Indian journal of veterinary science and animal husbandry - Volume 1,
Year: 1931
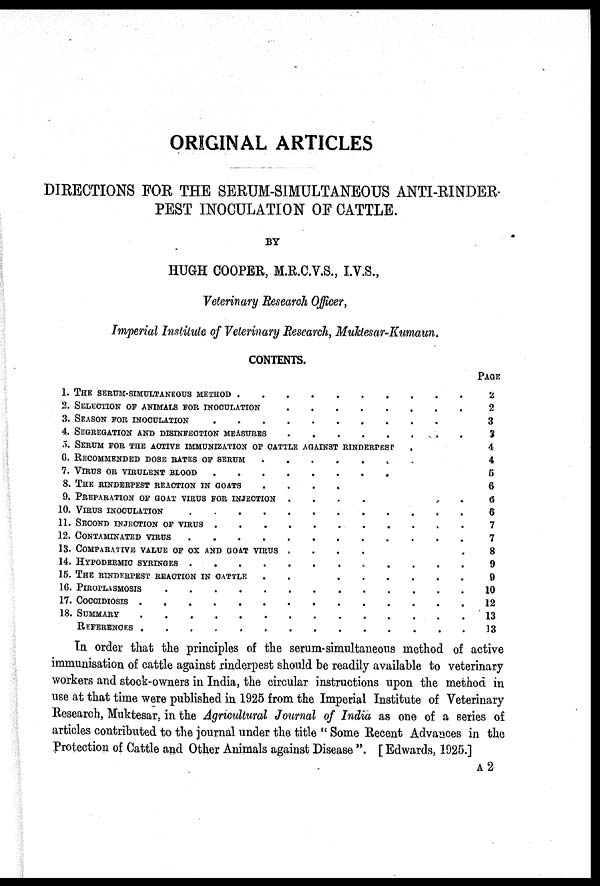
ORIGINAL ARTICLES
DIRECTIONS FOR THE SERUM-SIMULTANEOUS ANTI-RINDER-
PEST INOCULATION OF CATTLE.
BY
HUGH COOPER, M.R.C.V.S., I.V.S.,
Veterinary Research Officer,
Imperial Institute of Veterinary Research, Muktesar-Kumaun.
CONTENTS.
1. THE SERUM-SIMULTANEOUS METHOD.
2. SELECTION OF ANIMALS FOR INOCULATION
3. SEASON FOR INOCULATION
4. SEGREGATION AND DISINFECTION MEASURES
5. SERUM FOR THE ACTIVE IMMUNIZATION OF CATTLE AGAINST RINDERPEST
6. RECOMMENDED DOSE RATES OF SERUM
7. VIRUS OR VIRULENT BLOOD
8. THE RINDERPEST REACTION IN GOATS ....
9. PREPARATION OF GOAT VIRUS FOR INJECTION ....
10. VIRUS INOCULATION
11. SECOND INJECTION OF VIRUS
12. CONTAMINATED VIRUS
13. COMPARATIVE VALUE OF OX AND GOAT VIRUS ....
14. HYPODERMIC SYRINGES
15. THE RINDERPEST REACTION IN CATTLE .
.
....
16. PIROPLASMOSIS
17. COCCIDIOSIS
18. SUMMARY
19. REFERENCES
PAGE
2
2
3
3
4
4
5
6
6
6
7
7
8
9
9
10
12
13
13
In order that the principles of the serum-simultaneous method of active
immunisation of cattle against rinderpest should be readily available to veterinary
workers and stock-owners in India, the circular instructions upon the method in
use at that time were published in 1925 from the Imperial Institute of Veterinary
Research, Muktesar, in the Agricultural Journal of India as one of a series of
articles contributed to the journal under the title " Some Recent Advances in the
Protection of Cattle and Other Animals against Disease ". [ Edwards, 1925.]
A 2